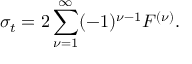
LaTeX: \sigma _ { t } = 2 \sum _ { \nu = 1 } ^ { \infty } ( - 1 ) ^ { \nu - 1 } F ^ { ( \nu ) } .